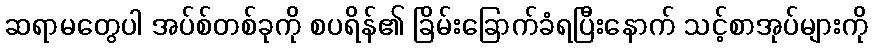
ဆရာမတွေပါ အပ်စ်တစ်ခုကို စပရိန်၏ ခြိမ်းခြောက်ခံရပြီးနောက် သင့်စာအုပ်များကို